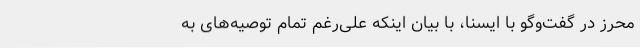
محرز در گفت‌وگو با ایسنا، با بیان اینکه علی‌رغم تمام توصیه‌های به